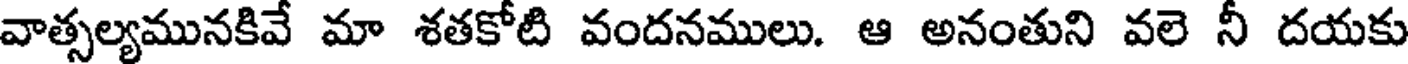
వాత్సల్యమునకివే మా శతకోటి వందనములు. ఆ అనంతుని వలె నీ దయకు